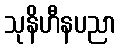
သုနိဟီနပညာ